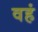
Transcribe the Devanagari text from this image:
वहं